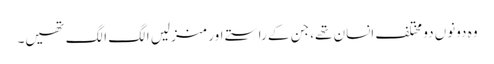
وہ دونوں دو مختلف انسان تھے، جن کے راستے اور منزلیں الگ الگ تھیں۔